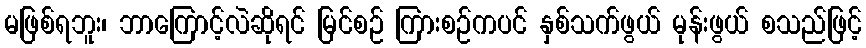
မဖြစ်ရဘူး၊ ဘာကြောင့်လဲဆိုရင် မြင်စဉ် ကြားစဉ်ကပင် နှစ်သက်ဖွယ် မုန်းဖွယ် စသည်ဖြင့်